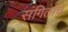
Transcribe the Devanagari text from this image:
संगिताचे